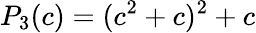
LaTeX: P_{3}(c)=(c^{2}+c)^{2}+c